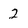
Character: 2